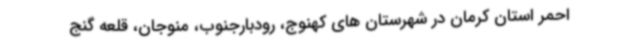
احمر استان کرمان در شهرستان های کهنوج، رودبارجنوب، منوجان، قلعه گنج